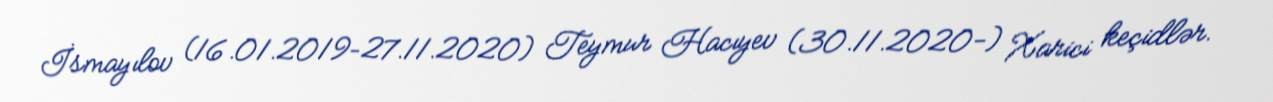
İsmayılov (16.01.2019–27.11.2020) Teymur Hacıyev (30.11.2020-) Xarici keçidlər.